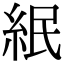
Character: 䋋